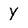
Character: Y